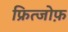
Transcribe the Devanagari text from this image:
फ्रित्जोफ़